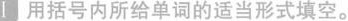
Ⅰ 用括号内所给单词的适当形式填空.